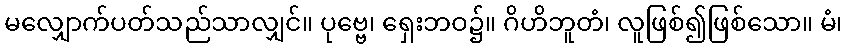
မလျှောက်ပတ်သည်သာလျှင်။ ပုဗ္ဗေ၊ ရှေးဘဝ၌။ ဂိဟိဘူတံ၊ လူဖြစ်၍ဖြစ်သော။ မံ၊